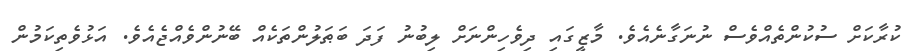
ކުރާކަށް ސުކުންތެއްވެސް ނުނަގާނެއެވެ. މާޒީގައި ދިވެހިންނަށް ލިބުނު ފަދަ ބަޠަލުންތަކެއް ބޭނުންވެއްޖެއެވެ. އަޅުވެތިކަމުން